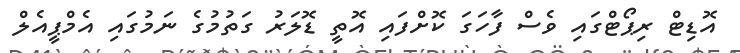
އޮޑިޓް ރިޕޯޓްގައި ވެސް ފާހަގަ ކޮށްފައި އޮތީ ޑޮލަރު ގަތުމުގެ ނަމުގައި އެމްޕީއެލް